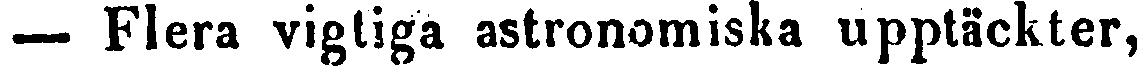
— Flera vigtiga astronomiska upptäckter,